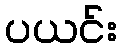
ပယင်း